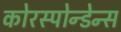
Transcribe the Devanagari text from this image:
कोरस्पोन्डेन्स